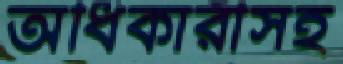
অধিকারীসহ